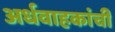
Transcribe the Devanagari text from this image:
अर्धवाहकांची